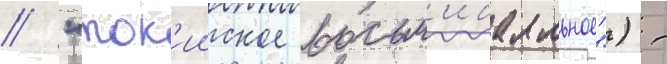
/ "ток'ииское восьм'ибалльное") -